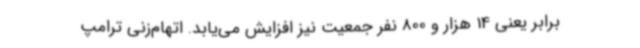
برابر یعنی 14 هزار و 800 نفر جمعیت نیز افزایش می‌یابد. اتهام‌زنی ترامپ